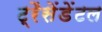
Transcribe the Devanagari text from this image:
ट्रैसेंडेंटल